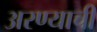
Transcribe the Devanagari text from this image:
अरण्याची